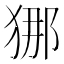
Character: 𭸐